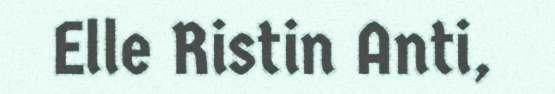
Elle Ristin Anti,